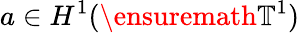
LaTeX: a\in H^{1}(\ensuremath{\mathbb{T}}^{1})